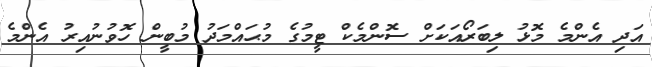
އަދި އެންމެ މޮޅު ލިބަރޯއަކަށް ސޮންމެކް ޓީމުގެ މުޙައްމަދު މުބީން ހޮވުނުއިރު އެންމެ